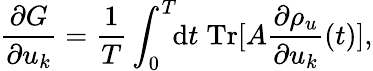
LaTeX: \frac{\partial G}{\partial u_{k}}=\frac{1}{T}\int_{0}^{T}\! \! \mathrm{d}t\; \mathrm{Tr}[A\frac{\partial\rho_{u}}{\partial u_{k}}(t)],